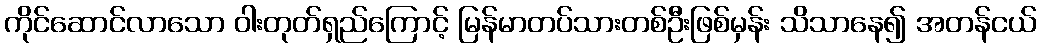
ကိုင်ဆောင်လာသော ဝါးတုတ်ရှည်ကြောင့် မြန်မာတပ်သားတစ်ဦးဖြစ်မှန်း သိသာနေ၍ အတန်ငယ်